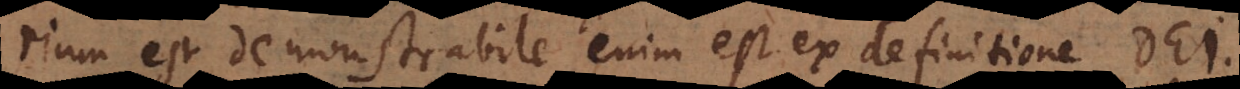
rium est, demonstrabile enim est ex definitione Dei.